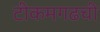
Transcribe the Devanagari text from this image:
टीकमगढची